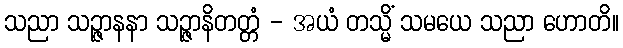
သညာ သဉ္ဇာနနာ သဉ္ဇာနိတတ္တံ - အယံ တသ္မိံ သမယေ သညာ ဟောတိ။